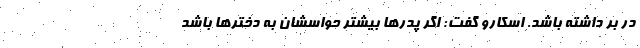
در بر داشته باشد. اسکارو گفت: اگر پدرها بیشتر حواسشان به دخترها باشد